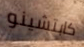
كابتشينو